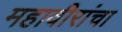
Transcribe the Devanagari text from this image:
महावीरांचा